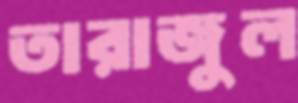
তারাজুল